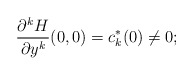
\begin{align*}\frac{\partial^{k}H}{\partial y^{k}}(0,0)=c_k^*(0)\neq 0;\end{align*}